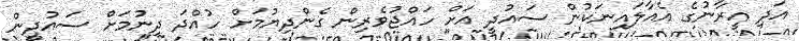
އަދި އީރާނުގެ އެއާލައިނަކުން ސައުދީ އަށް ހައްޖުވެރިން ގެންދިޔުމަށް ހުއްދަ ދިނުމަށް ސައުދީން